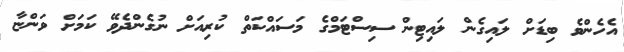
އެހެންވެ ބިޑަށް ލައިގެން ލައިޓިން ސިސްޓަމްގެ މަސައްކަތް ކުރިއަށް ނުގެންދެވޭ ކަމަށް ވަންޏާ